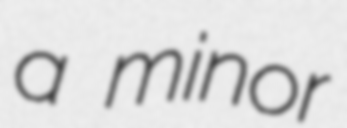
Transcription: a minor